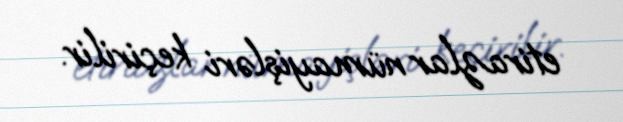
etirazlar nümayişləri keçirilir.